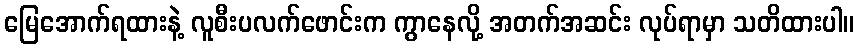
မြေအောက်ရထားနဲ့ လူစီးပလက်ဖောင်းက ကွာနေလို့ အတက်အဆင်း လုပ်ရာမှာ သတိထားပါ။